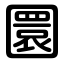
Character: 圜